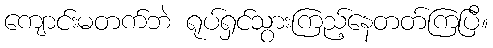
ကျောင်းမတက်ဘဲ ရုပ်ရှင်သွားကြည့်နေတတ်ကြပြီ။